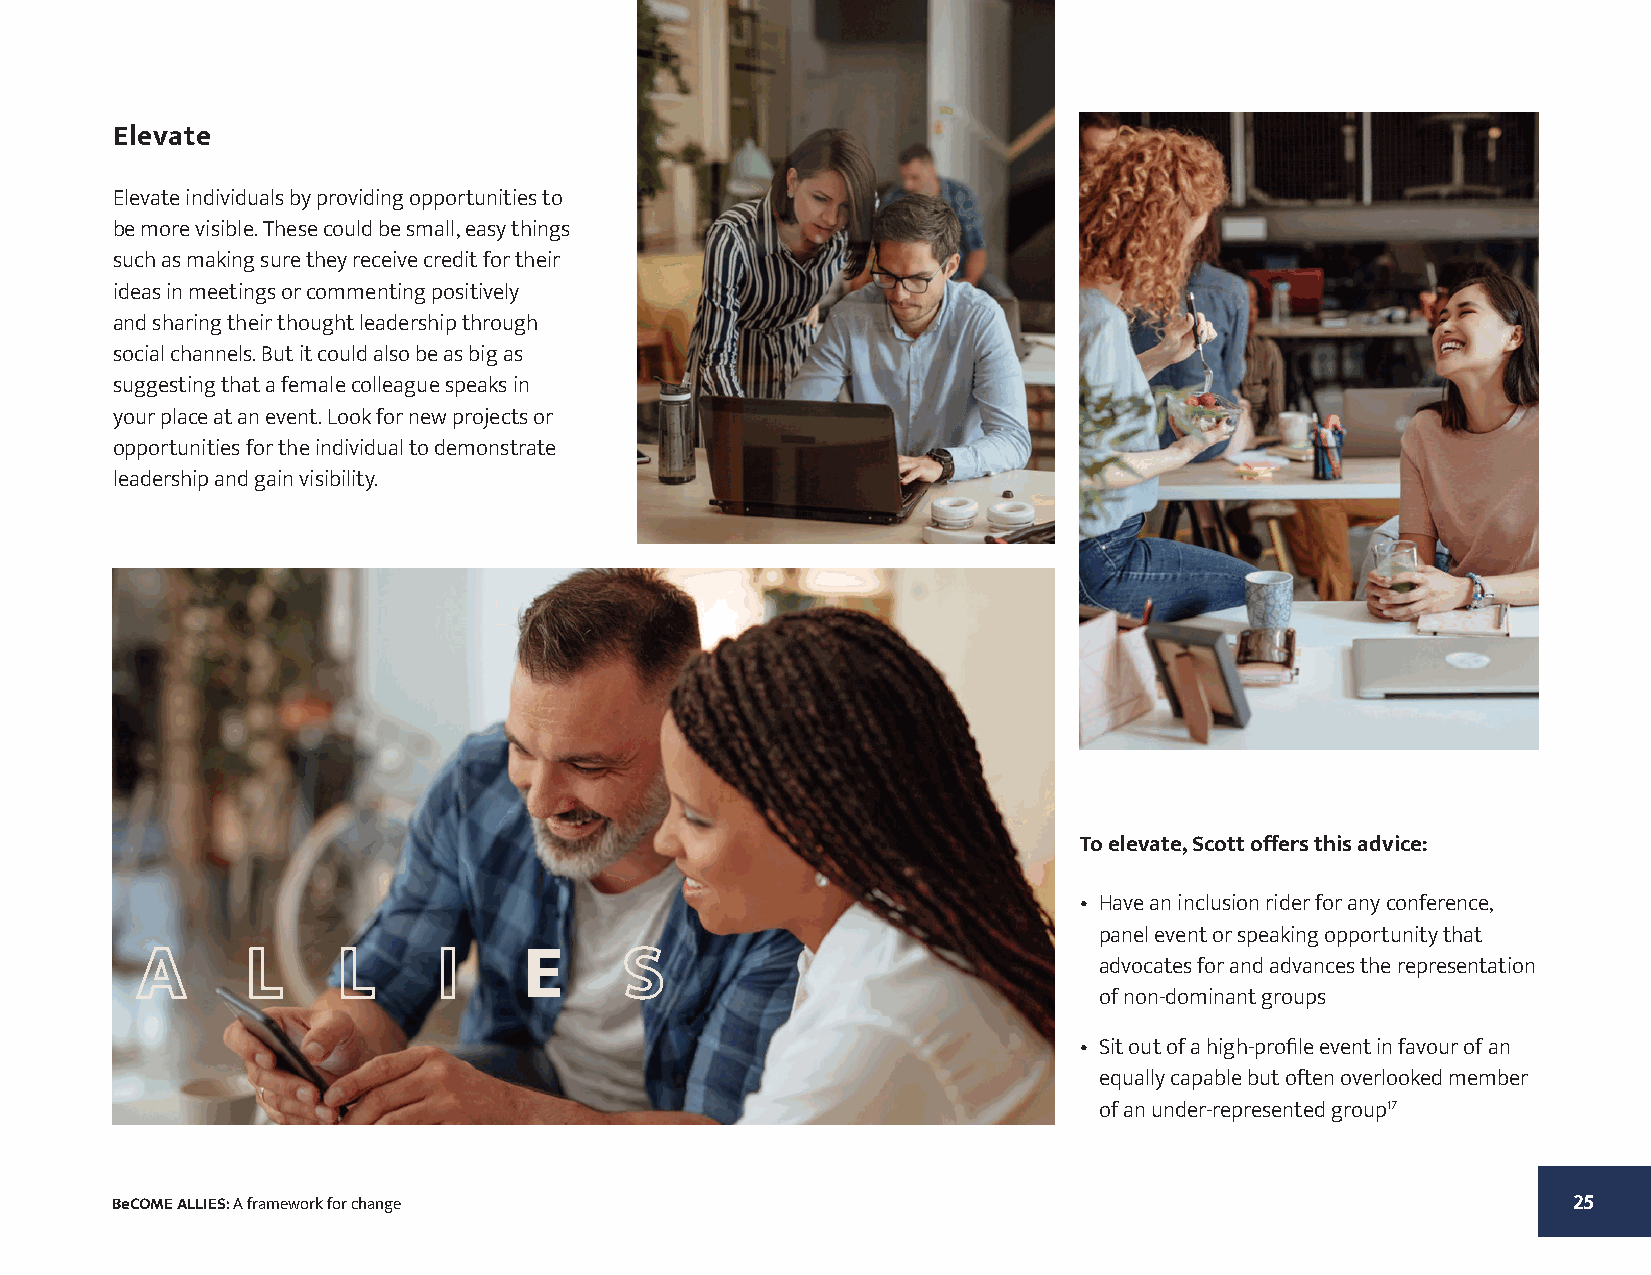
Elevate
 Elevate individuals by providing opportunities to
 be more visible. These could be small, easy things
 such as making sure they receive credit for their
 ideas in meetings or commenting positively
 and sharing their thought leadership through
 social channels. But it could also be as big as
 suggesting that a female colleague speaks in
 your place at an event. Look for new projects or
 opportunities for the individual to demonstrate
 leadership and gain visibility.
 To elevate, Scott offers this advice:
 • Have an inclusion rider for any conference,
 panel event or speaking opportunity that
 advocates for and advances the representation
 of non-dominant groups
 • Sit out of a high-profile event in favour of an
 equally capable but often overlooked member
 of an under-represented group17
 BeCOME ALLIES: A framework for change                                                            25